Civil Veterinary Dept. Assam report 1927-50 - 1927-1950
Year: 1927
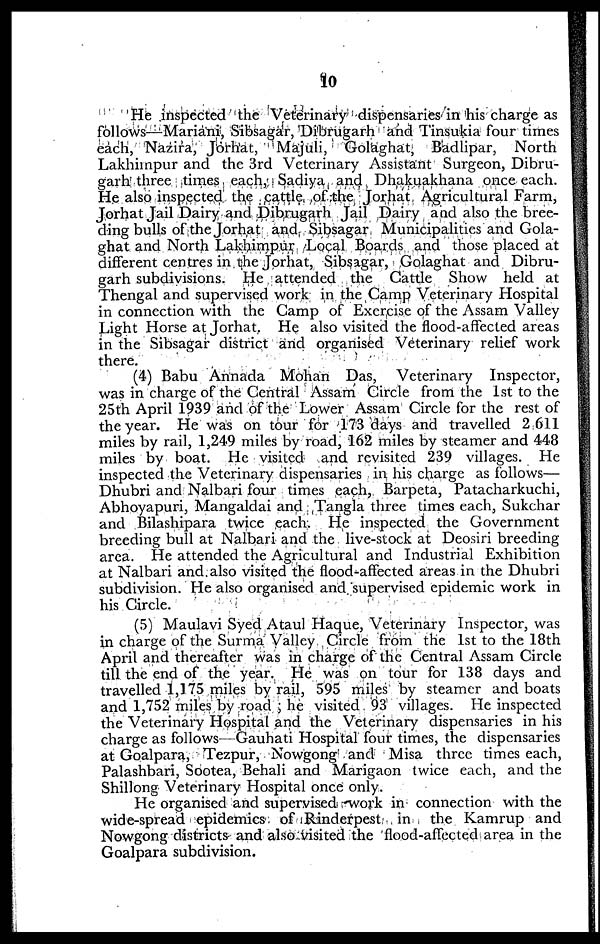
10
He inspected the Veterinary dispensaries in his charge as
follows—Mariani, Sibsagar, Dibrugarh and Tinsukia four times
each, Nazira, Jorhat, Majuli, Golaghat, Badlipar,
North
Lakhimpur and the 3rd Veterinary Assistant Surgeon, Dibru-
garh three times each, Sadiya and Dhakuakhana once each.
He also inspected the cattle of the Jorhat Agricultural Farm,
Jorhat Jail Dairy and Dibrugarh Jail Dairy and also the bree-
ding bulls of the Jorhat and Sibsagar Municipalities and Gola-
ghat and North Lakhimpur Local Boards and those placed at
different centres in the Jorhat, Sibsagar, Golaghat and Dibru-
garh subdivisions. He attended the Cattle Show held at
Thengal and supervised work in the Camp Veterinary Hospital
in connection with the Camp of Exercise of the Assam Valley
Light Horse at Jorhat, He also visited the flood-affected areas
in the Sibsagar district and organised Veterinary relief work
there.
(4) Babu Annada Mohan Das, Veterinary Inspector,
was in charge of the Central Assam Circle from the 1st to the
25th April 1939 and of the Lower Assam Circle for the rest of
the year. He was on tour for 173 days and travelled 2 611
miles by rail, 1,249 miles by road, 162 miles by steamer and 448
miles by boat. He visited and revisited 239 villages. He
inspected the Veterinary dispensaries in his charge as follows—
Dhubri and Nalbari four times each, Barpeta, Patacharkuchi,
Abhoyapuri, Mangaldai and Tangla three times each, Sukchar
and Bilashipara twice each. He inspected the Government
breeding bull at Nalbari and the live-stock at Dcosiri breeding
area. He attended the Agricultural and Industrial Exhibition
at Nalbari and also visited the flood-affected areas in the Dhubri
subdivision. He also organised and supervised epidemic work in
his Circle.
(5) Maulavi Syed Ataul Haque, Veterinary Inspector, was
in charge of the Surma Valley Circle from the 1st to the 18th
April and thereafter was in charge of the Central Assam Circle
till the end of the year. He was on tour for 138 days and
travelled 1,175 miles by rail, 595 miles by steamer and boats
and 1,752 miles by road ; he visited 93 villages. He inspected
the Veterinary Hospital and the Veterinary dispensaries in his
charge as follows-- Gauhati Hospital four times, the dispensaries
at Goalpara, Tezpur, Nowgong and Misa three times each,
Palashbari, Sootea, Behali and Marigaon twice each, and the
Shillong Veterinary Hospital once only.
He organised and supervised work in connection with the
wide-spread epidemics of Rinderpest in the Kamrup and
Nowgong districts and also visited the flood-affected area in the
Goalpara subdivision.